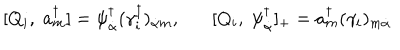
LaTeX: [ Q _ { i } , \; a _ { m } ^ { \dagger } ] = \psi _ { \dot { \alpha } } ^ { \dagger } ( \gamma _ { i } ^ { \dagger } ) _ { \dot { \alpha } m } , [ Q _ { i } , \; \psi _ { \dot { \alpha } } ^ { \dagger } ] _ { + } = a _ { m } ^ { \dagger } ( \gamma _ { i } ) _ { m \dot { \alpha } }